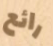
رائع